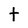
Character: t